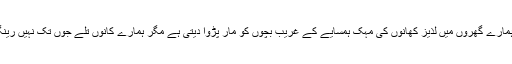
آج ہمارے گھروں میں لذیز کھانوں کی مہک ہمسایے کے غریب بچوں کو مار پڑوا دیتی ہے مگر ہمارے کانوں تلے جوں تک نہیں رینگتی۔